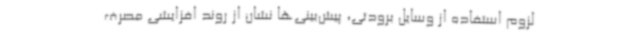
لزوم استفاده از وسایل برودتی، پیش‌بینی‌ها نشان از روند افزایشی مصرف